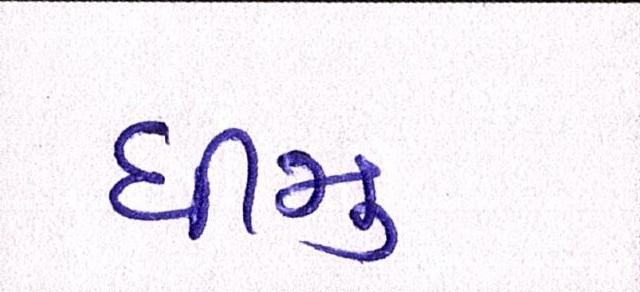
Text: ધીમુ